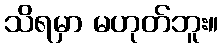
သိရမှာ မဟုတ်ဘူး။